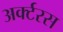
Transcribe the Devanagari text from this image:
अर्क्टरस